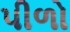
પીળો